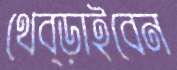
থেব্‌ড়াইবেন